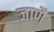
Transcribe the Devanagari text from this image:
जाणै